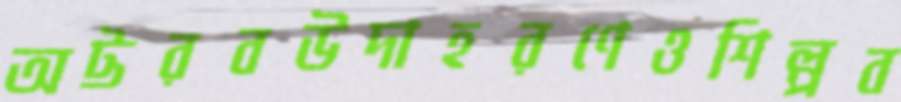
অট্টরবউদাহরণেওশিল্পব